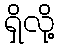
ရှိလို့